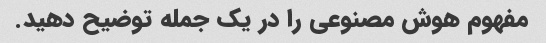
مفهوم هوش مصنوعی را در یک جمله توضیح دهید.